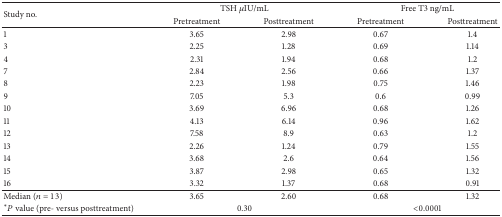
<table><thead><tr><td rowspan="2"><b>Study no. </b></td><td colspan="2"><b> TSH <i>μ</i>IU/mL</b></td><td colspan="2"><b> Free T3 ng/mL</b></td></tr><tr><td><b>Pretreatment</b></td><td><b>Posttreatment</b></td><td><b>Pretreatment</b></td><td><b>Posttreatment</b></td></tr></thead><tbody><tr><td>1</td><td>3.65</td><td>2.98</td><td>0.67</td><td>1.4</td></tr><tr><td>3</td><td>2.25</td><td>1.28</td><td>0.69</td><td>1.14</td></tr><tr><td>4</td><td>2.31</td><td>1.94</td><td>0.68</td><td>1.2</td></tr><tr><td>7</td><td>2.84</td><td>2.56</td><td>0.66</td><td>1.37</td></tr><tr><td>8</td><td>2.23</td><td>1.98</td><td>0.75</td><td>1.46</td></tr><tr><td>9</td><td>7.05</td><td>5.3</td><td>0.6</td><td>0.99</td></tr><tr><td>10</td><td>3.69</td><td>6.96</td><td>0.68</td><td>1.26</td></tr><tr><td>11</td><td>4.13</td><td>6.14</td><td>0.96</td><td>1.62</td></tr><tr><td>12</td><td>7.58</td><td>8.9</td><td>0.63</td><td>1.2</td></tr><tr><td>13</td><td>2.26</td><td>1.24</td><td>0.79</td><td>1.55</td></tr><tr><td>14</td><td>3.68</td><td>2.6</td><td>0.64</td><td>1.56</td></tr><tr><td>15</td><td>3.87</td><td>2.98</td><td>0.65</td><td>1.32</td></tr><tr><td>16</td><td>3.32</td><td>1.37</td><td>0.68</td><td>0.91</td></tr><tr><td>Median (<i>n</i> = 13)</td><td>3.65</td><td>2.60</td><td>0.68</td><td>1.32</td></tr><tr><td>*<i>P</i> value (pre- versus posttreatment) </td><td colspan="2">0.30</td><td colspan="2">&lt;0.0001</td></tr></tbody></table>